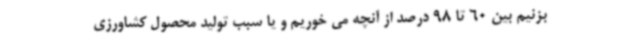
بزنیم بین 60 تا 98 درصد از آنچه می خوریم و یا سبب تولید محصول کشاورزی